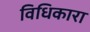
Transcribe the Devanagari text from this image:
विधिकारा